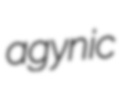
agynic